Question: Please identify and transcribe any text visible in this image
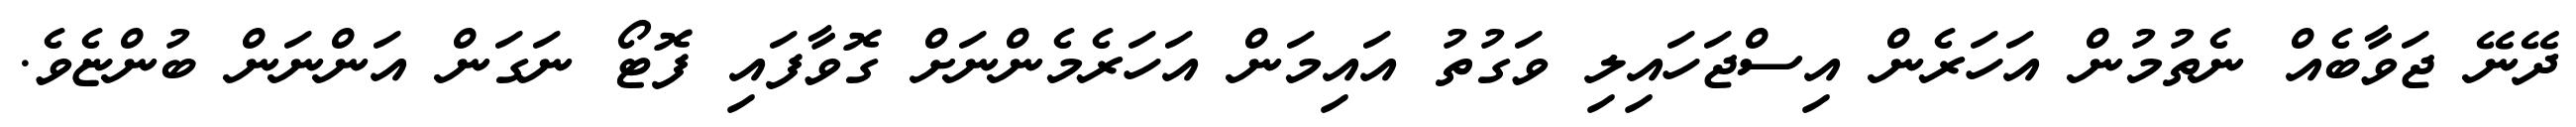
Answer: ދޭނޭ ޖަވާބެއް ނެތުމުން އަހަރެން އިސްޖަހައިލި ވަގުތު އައިމަން އަހަރެމެންނަށް ގޮވާފައި ފޮޓޯ ނަގަން އަންނަން ބުންޏެވެ.